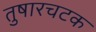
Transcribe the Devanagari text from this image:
तुषारचटक